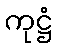
ကုဋ္ဌံ